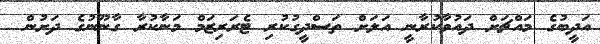
އަދީބުގެ މައްޗަށް ދައުވާކުރާނީ އަލަށް ތަސްދީގުކުރި ޓެރަރިޒަމް މަނާކުރާ ގާނޫނުގެ ދަށުން